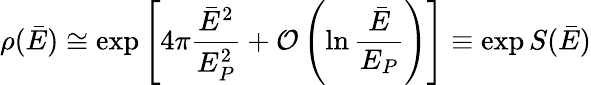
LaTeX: \rho(\bar{E})\cong\exp\left[4\pi{\frac{\bar{E}^{2}}{E_{P}^{2}}}+{\cal O}\left(\ln{\frac{\bar{E}}{E_{P}}}\right)\right]\equiv\exp S(\bar{E})